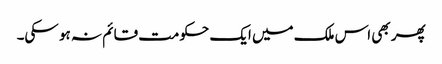
پھر بھی اس ملک میں ایک حکومت قائم نہ ہو سکی۔